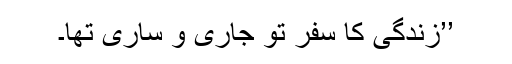
’’زندگی کا سفر تو جاری و ساری تھا۔